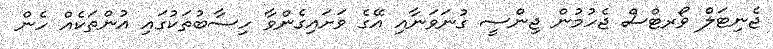
ޖެނިޓަލް ވޯރޓްސް ޖެހުމުން ޖިންސީ ގުނަވަނާއި އޭގެ ވަށައިގެންވާ ހިސާބުތަކުގައި އުންތަކެއް ހެން